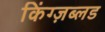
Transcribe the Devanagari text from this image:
किंग्ज़ब्लड